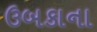
ઉબકાના